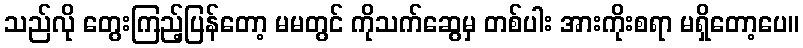
သည်လို တွေးကြည့်ပြန်တော့ မမတွင် ကိုသက်ဆွေမှ တစ်ပါး အားကိုးစရာ မရှိတော့ပေ။